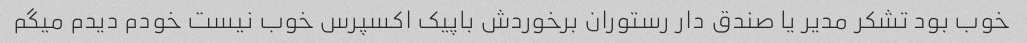
خوب بود تشکر مدیر یا صندق دار رستوران برخوردش باپیک اکسپرس خوب نیست خودم دیدم میگم